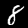
Digit: 8